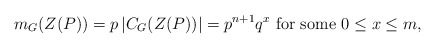
\begin{align*}m_G(Z(P))=p\,|C_G(Z(P))|=p^{n+1}q^x \mbox{ for some } 0\leq x\leq m,\end{align*}